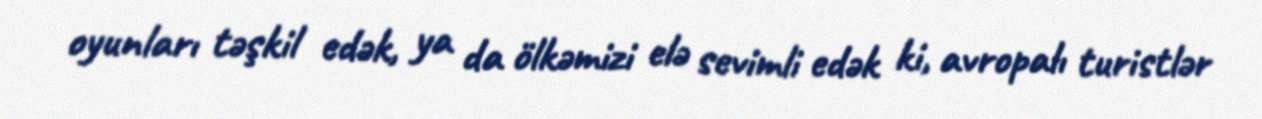
oyunları təşkil edək, ya da ölkəmizi elə sevimli edək ki, avropalı turistlər